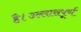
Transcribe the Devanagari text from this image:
है।उल्लासपूर्ण